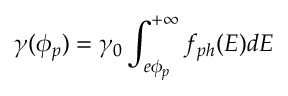
\gamma ( \phi _ { p } ) = \gamma _ { 0 } \int _ { e \phi _ { p } } ^ { + \infty } f _ { p h } ( E ) d E